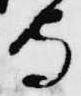
守